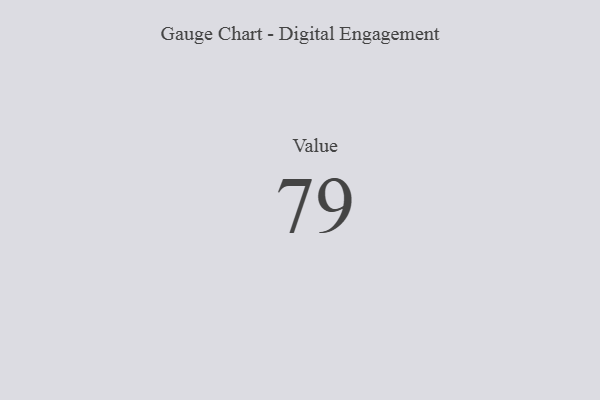
{"axis": {"x": "Metric", "y": "Value"}, "legend": [""], "data": [{"x": "Value", "y": 79, "type": ""}]}